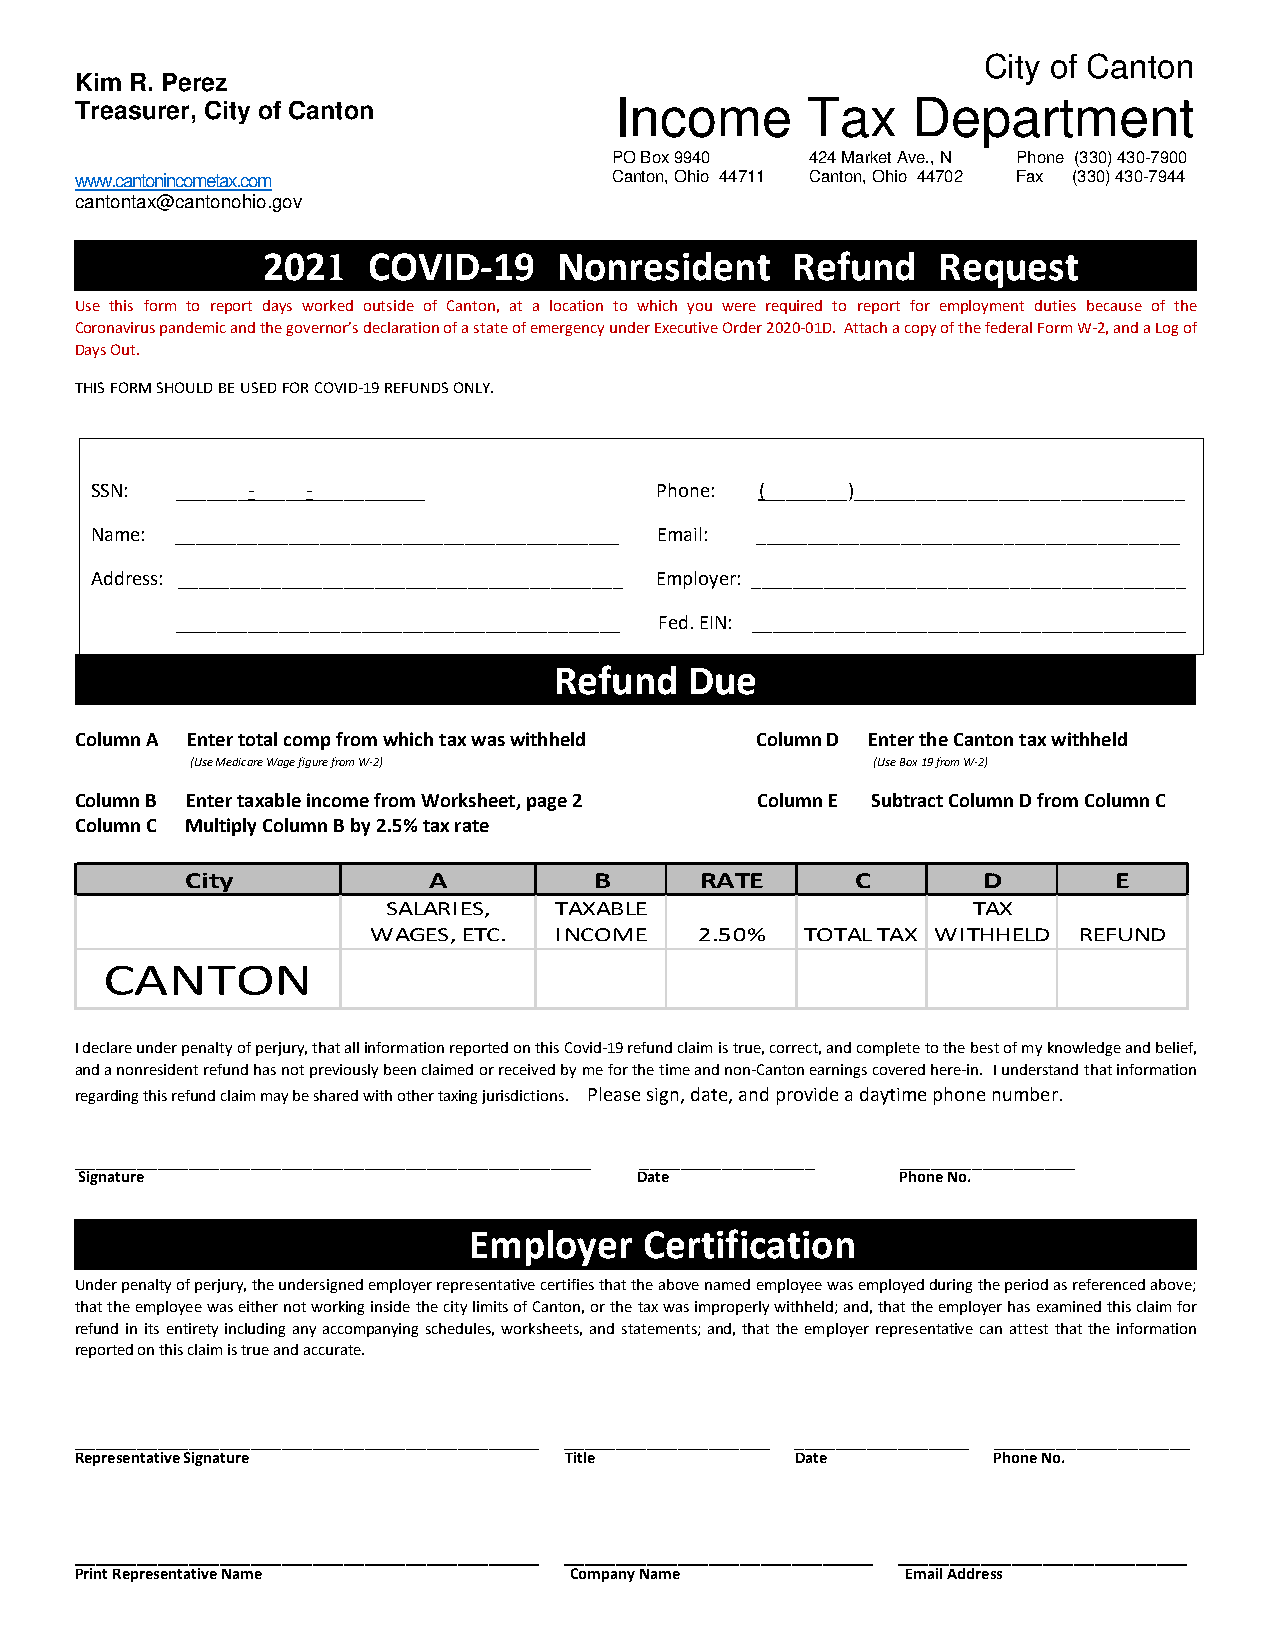
City of Canton
 Kim R. Perez
 Treasurer, City of Canton           Income      Tax    Department
 PO Box 9940   424 Market Ave., N Phone (330) 430-7900
 www.cantonincometax.com            Canton, Ohio 44711 Canton, Ohio 44702 Fax (330) 430-7944
 cantontax@cantonohio.gov
 202    COVID-19     Nonresident    Refund    Request    tttttt
 1
 Use this form to report days worked outside of Canton, at a location to which you were required to report for employment duties because of the
 Coronavirus pandemic and the governor’s declaration of a state of emergency under Executive Order 2020-01D. Attach a copy of the federal Form W-2, and a Log of
 Days Out.
 THIS FORM SHOULD BE USED FOR COVID-19 REFUNDS ONLY.
 SSN:  _______-_____-___________       Phone: (________)________________________________
 Name: ___________________________________________ Email: _________________________________________
 Address: ___________________________________________ Employer: __________________________________________
 ___________________________________________ Fed. EIN: __________________________________________
 Refund   Due                        t tttt
 Column A Enter total comp from which tax was withheld Column D Enter the Canton tax withheld
 (Use Medicare Wage figure from W-2)          (Use Box 19 from W-2)
 Column B Enter taxable income from Worksheet, page 2 Column E Subtract Column D from Column C
 Column C Multiply Column B by 2.5% tax rate
 City            A          B      RATE       C       D        E
 SALARIES,  TAXABLE                    TAX
 WAGES, ETC. INCOME   2.50%  TOTAL TAX WITHHELD REFUND
 CANTON
 I declare under penalty of perjury, that all information reported on this Covid-19 refund claim is true, correct, and complete to the best of my knowledge and belief,
 and a nonresident refund has not previously been claimed or received by me for the time and non-Canton earnings covered here-in. I understand that information
 regarding this refund claim may be shared with other taxing jurisdictions. Please sign, date, and provide a daytime phone number.
 __________________________________________________ _________________ _________________
 Signature                            Date              Phone No.
 Employer    Certification           ttttttttttttt
 Under penalty of perjury, the undersigned employer representative certifies that the above named employee was employed during the period as referenced above;
 that the employee was either not working inside the city limits of Canton, or the tax was improperly withheld; and, that the employer has examined this claim for
 refund in its entirety including any accompanying schedules, worksheets, and statements; and, that the employer representative can attest that the information
 reported on this claim is true and accurate.
 _____________________________________________ ____________________ _________________ ___________________
 Representative Signature        Title           Date         Phone No.
 _____________________________________________ ______________________________ ____________________________
 Print Representative Name        Company Name          Email Address